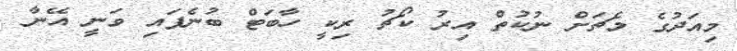
މިއަދުގެ މެޗަށް ނުކުތް އިރު ކޯޗު ރިކީ ހާބަޓް ބުނެފައި ވަނީ އޭނާ